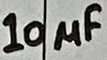
Text: 10µF